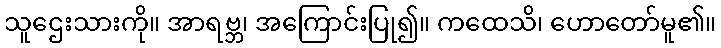
သူဌေးသားကို။ အာရဗ္ဘ၊ အကြောင်းပြု၍။ ကထေသိ၊ ဟောတော်မူ၏။